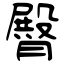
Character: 臀